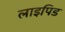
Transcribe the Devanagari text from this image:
लाइपिड